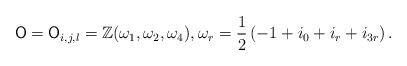
\begin{align*} \mathsf{O} = \mathsf{O}_{i,j,l} = \mathbb{Z}(\omega_{1}, \omega_{2}, \omega_{4}), \omega_{r} = \frac{1}{2}\left(-1 + i_0 + i_r + i_{3r}\right).\end{align*}